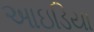
આઇડિયા